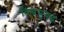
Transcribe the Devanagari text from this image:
विश्वयुयद्ध